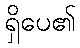
ရှိပေ၏